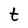
Character: t